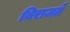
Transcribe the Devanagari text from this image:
बिराजते